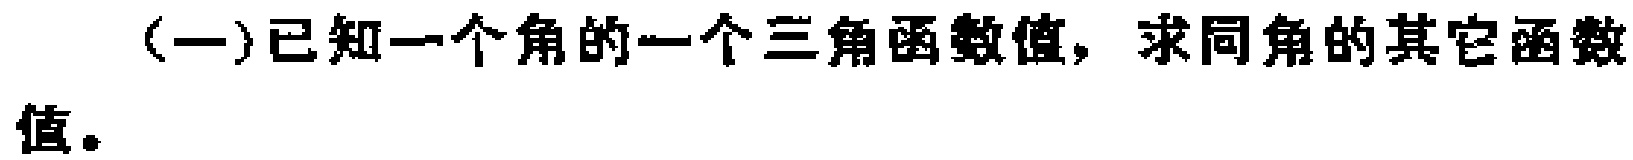
(一)已知一个角的一个三角函数值，求同角的其它函数值。